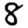
Digit: 8